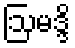
ဩမဒ္ဒိ